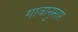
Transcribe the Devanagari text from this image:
गावानुसार